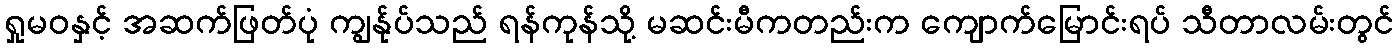
ရှုမဝနှင့် အဆက်ဖြတ်ပုံ ကျွန်ုပ်သည် ရန်ကုန်သို့ မဆင်းမီကတည်းက ကျောက်မြောင်းရပ် သီတာလမ်းတွင်